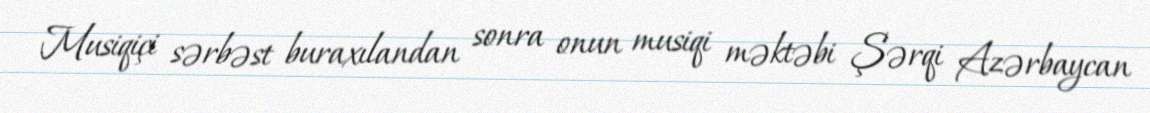
Musiqiçi sərbəst buraxılandan sonra onun musiqi məktəbi Şərqi Azərbaycan